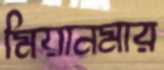
মিয়ানমার